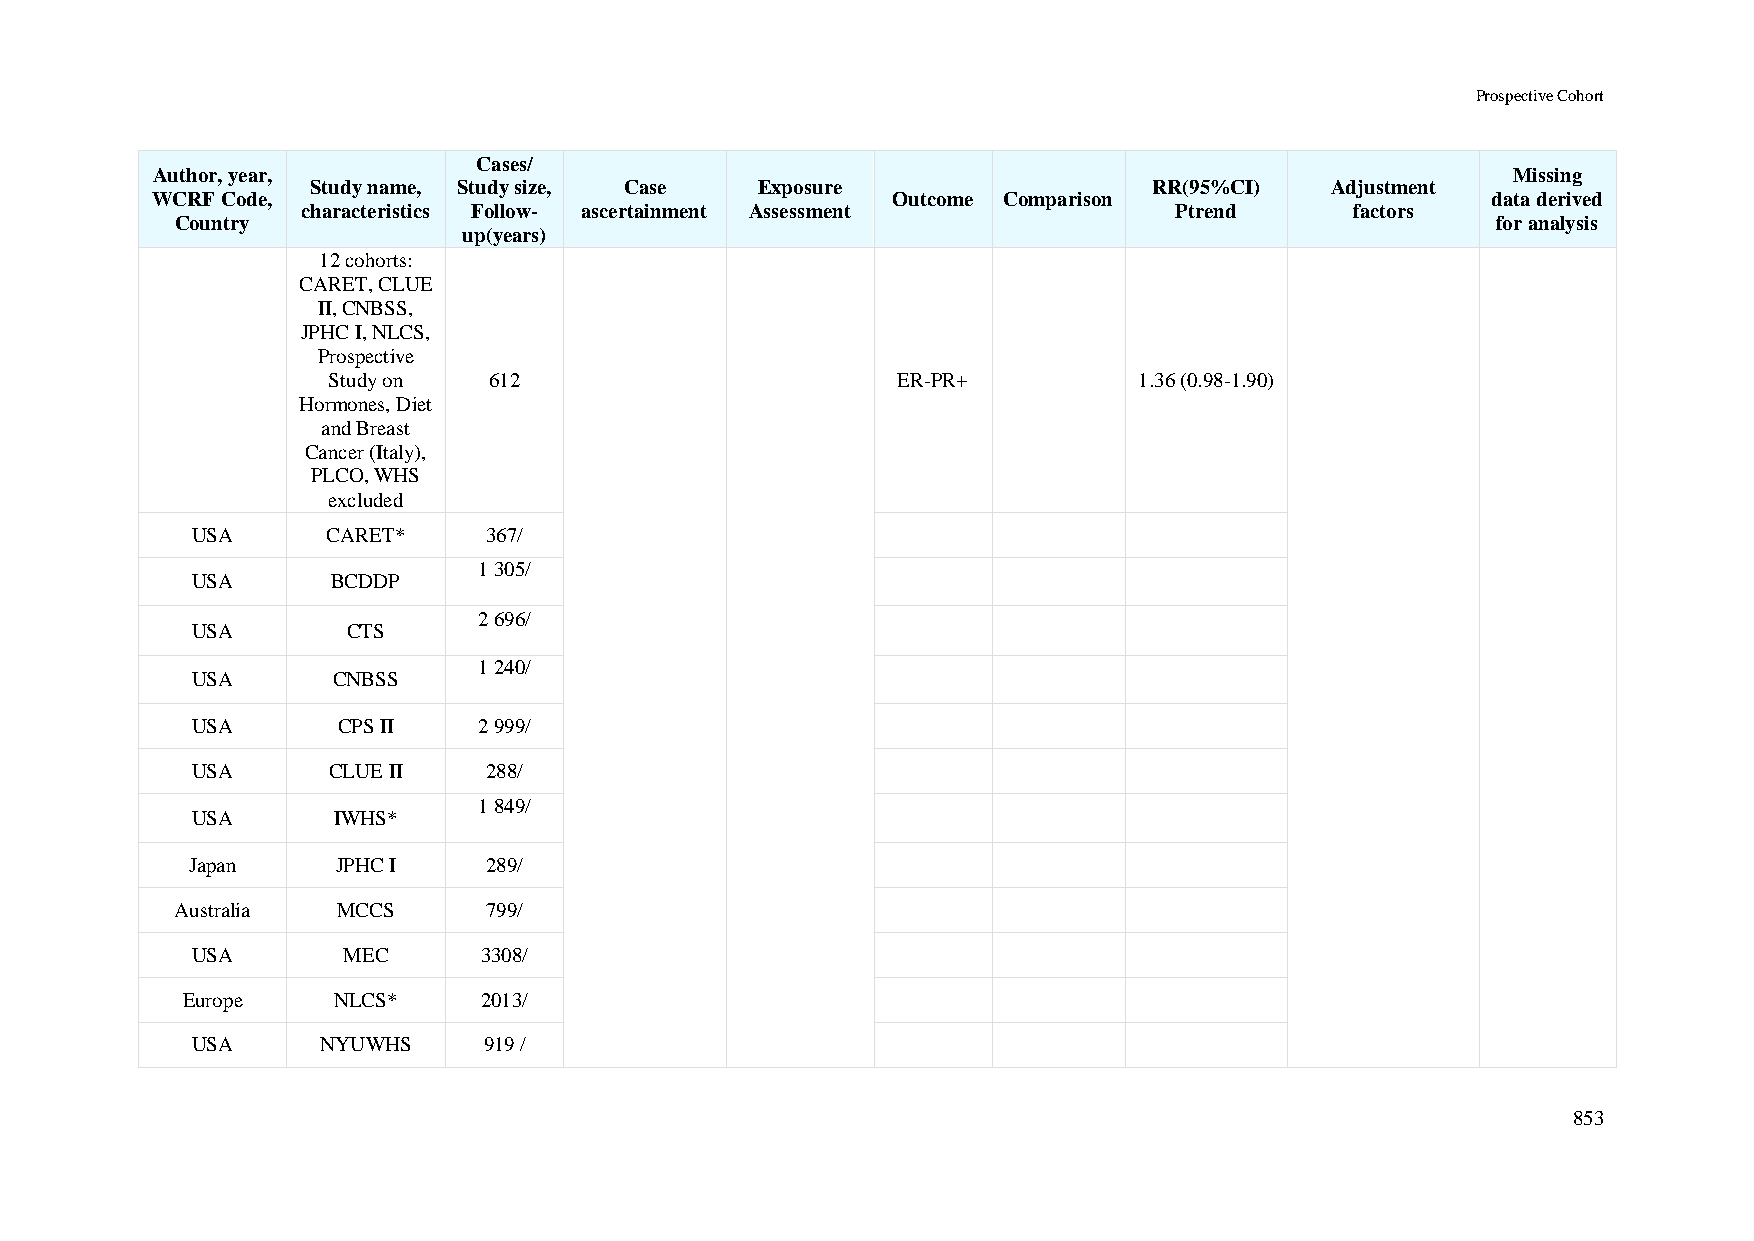
Prospective Cohort
 Cases/
 Author, year,                                                                             Missing
 Study name, Study size, Case Exposure                  RR(95%CI)   Adjustment
 WCRF Code,                                       Outcome Comparison                      data derived
 characteristics Follow- ascertainment Assessment          Ptrend      factors
 Country                                                                                for analysis
 up(years)
 12 cohorts:
 CARET, CLUE
 II, CNBSS,
 JPHC I, NLCS,
 Prospective
 Study on  612                        ER-PR+          1.36 (0.98-1.90)
 Hormones, Diet
 and Breast
 Cancer (Italy),
 PLCO, WHS
 excluded
 USA      CARET*    367/
 1 305/
 USA      BCDDP
 2 696/
 USA       CTS
 1 240/
 USA      CNBSS
 USA      CPS II    2 999/
 USA      CLUE II   288/
 1 849/
 USA      IWHS*
 Japan     JPHC I    289/
 Australia MCCS      799/
 USA       MEC      3308/
 Europe    NLCS*     2013/
 USA     NYUWHS     919 /
 853